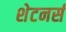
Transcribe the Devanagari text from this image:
शेटनर्स